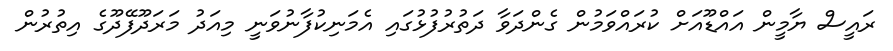
ރައީސް ޔާމީން އައްޑޫއަށް ކުރައްވަމުން ގެންދަވާ ދަތުރުފުޅުގައި އެމަނިކުފާނުވަނީ މިއަދު މަރަދޫފޭދޫގެ އިތުރުން